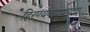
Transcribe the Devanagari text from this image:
हिरण्यकश्यपूला